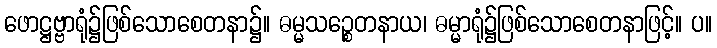
ဖောဋ္ဌဗ္ဗာရုံ၌ဖြစ်သောစေတနာ၌။ ဓမ္မသဉ္စေတနာယ၊ ဓမ္မာရုံ၌ဖြစ်သောစေတနာဖြင့်။ ပ။